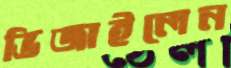
ভিজাইলেন